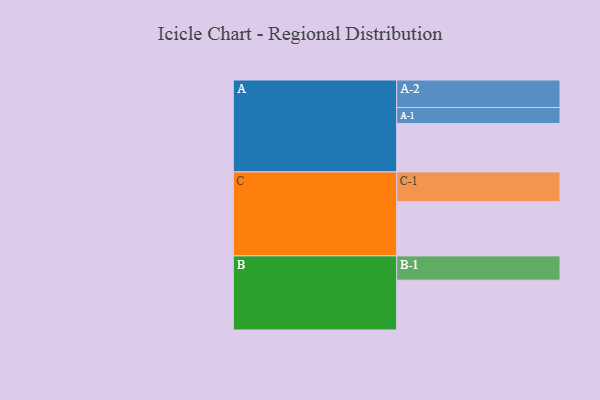
{"axis": {"x": "Segment", "y": "Value"}, "legend": ["", "A", "B", "C"], "data": [{"x": "A", "y": 365, "type": ""}, {"x": "B", "y": 375, "type": ""}, {"x": "C", "y": 408, "type": ""}, {"x": "A-1", "y": 120, "type": "A"}, {"x": "A-2", "y": 207, "type": "A"}, {"x": "B-1", "y": 183, "type": "B"}, {"x": "C-1", "y": 224, "type": "C"}]}